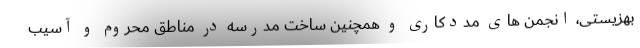
بهزیستی، انجمن های مددکاری و همچنین ساخت مدرسه در مناطق محروم و آسیب